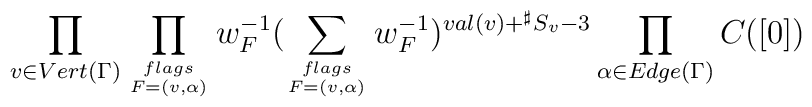
\prod_{v\in Vert(\Gamma)}\prod_{{flags}\atop {F=(v,\alpha)}}w_{F}^{-1}(\sum_{{flags}\atop{F=(v,\alpha)}}w_{F}^{-1})^{val(v)+{}^{\sharp}S_{v}-3}\prod_{\alpha\in Edge(\Gamma)}C([0])